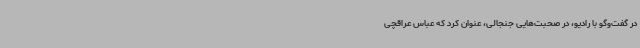
در گفت‌وگو با رادیو، در صحبت‌هایی جنجالی، عنوان کرد که عباس عراقچی